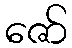
ဇော်